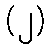
(၂)